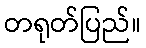
တရုတ်ပြည်။